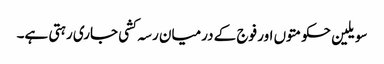
سویلین حکومتوں اور فوج کے درمیان رسہ کشی جاری رہتی ہے۔